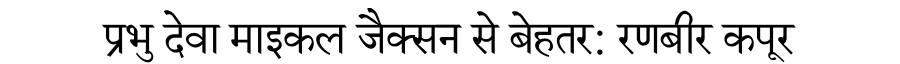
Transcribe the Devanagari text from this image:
प्रभु देवा माइकल जैक्सन से बेहतर: रणबीर कपूर